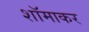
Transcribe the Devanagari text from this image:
शॉमाकर